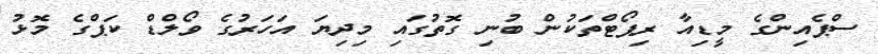
ސްޕެއިންގެ މީޑިއާ ރިޕޯޓްތަކުން ބުނި ގޮތުގައި މިދިޔަ އަހަރުގެ ވޯލްޑް ކަޕްގެ މޮޅު